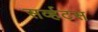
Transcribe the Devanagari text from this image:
सर्व्हटस